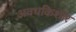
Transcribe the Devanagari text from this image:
अवधकिशोर